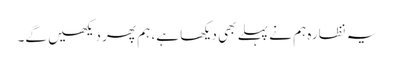
یہ نظارہ ہم نے پہلے بھی دیکھا ہے، ہم پھر دیکھیں گے۔